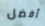
أفضل